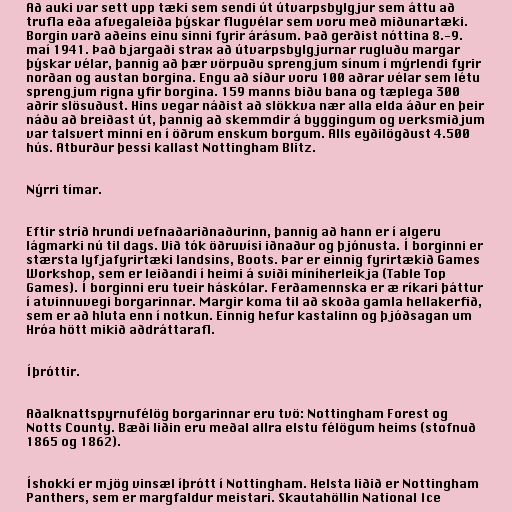
Að auki var sett upp tæki sem sendi út útvarpsbylgjur sem áttu að
trufla eða afvegaleiða þýskar flugvélar sem voru með miðunartæki.
Borgin varð aðeins einu sinni fyrir árásum. Það gerðist nóttina 8.-9.
maí 1941. Það bjargaði strax að útvarpsbylgjurnar rugluðu margar
þýskar vélar, þannig að þær vörpuðu sprengjum sínum í mýrlendi fyrir
norðan og austan borgina. Engu að síður voru 100 aðrar vélar sem létu
sprengjum rigna yfir borgina. 159 manns biðu bana og tæplega 300
aðrir slösuðust. Hins vegar náðist að slökkva nær alla elda áður en þeir
náðu að breiðast út, þannig að skemmdir á byggingum og verksmiðjum
var talsvert minni en í öðrum enskum borgum. Alls eyðilögðust 4.500
hús. Atburður þessi kallast Nottingham Blitz.

Nýrri tímar.

Eftir stríð hrundi vefnaðariðnaðurinn, þannig að hann er í algeru
lágmarki nú til dags. Við tók öðruvísi iðnaður og þjónusta. Í borginni er
stærsta lyfjafyrirtæki landsins, Boots. Þar er einnig fyrirtækið Games
Workshop, sem er leiðandi í heimi á sviði míníherleikja (Table Top
Games). Í borginni eru tveir háskólar. Ferðamennska er æ ríkari þáttur
í atvinnuvegi borgarinnar. Margir koma til að skoða gamla hellakerfið,
sem er að hluta enn í notkun. Einnig hefur kastalinn og þjóðsagan um
Hróa hött mikið aðdráttarafl.

Íþróttir.

Aðalknattspyrnufélög borgarinnar eru tvö: Nottingham Forest og
Notts County. Bæði liðin eru meðal allra elstu félögum heims (stofnuð
1865 og 1862).

Íshokkí er mjög vinsæl íþrótt í Nottingham. Helsta liðið er Nottingham
Panthers, sem er margfaldur meistari. Skautahöllin National Ice